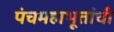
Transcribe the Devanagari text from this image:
पंचमहाभूतांची